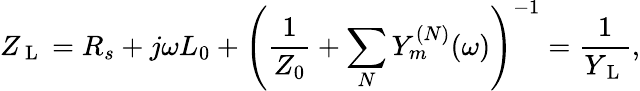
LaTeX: Z_{\mathrm{~L~}}=R_{s}+j\omega L_{0}+\left(\frac{1}{Z_{0}}+\sum_{N}Y_{m}^{(N)}(\omega)\right)^{-1}=\frac{1}{Y_{\mathrm{~L~}}},